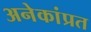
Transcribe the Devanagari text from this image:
अनेकांप्रत